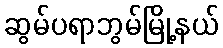
ဆွမ်ပရာဘွမ်မြို့နယ်